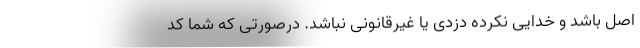
اصل باشد و خدایی نکرده دزدی یا غیرقانونی نباشد. درصورتی که شما کد